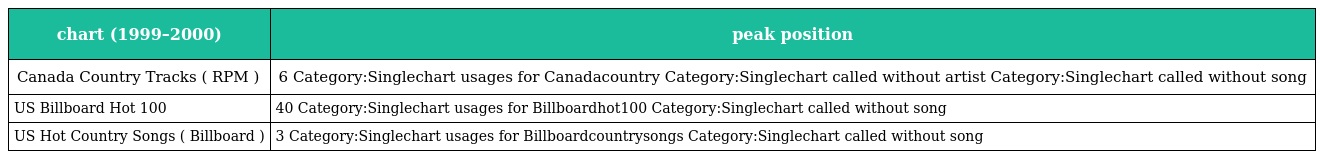
| chart (1999–2000) | peak position |
 | --- | --- |
 | Canada Country Tracks ( RPM ) | 6 Category:Singlechart usages for Canadacountry Category:Singlechart called without artist Category:Singlechart called without song |
 | US Billboard Hot 100 | 40 Category:Singlechart usages for Billboardhot100 Category:Singlechart called without song |
 | US Hot Country Songs ( Billboard ) | 3 Category:Singlechart usages for Billboardcountrysongs Category:Singlechart called without song |